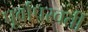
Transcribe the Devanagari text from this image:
पूर्वापरवर्ती